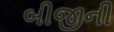
બીજીની